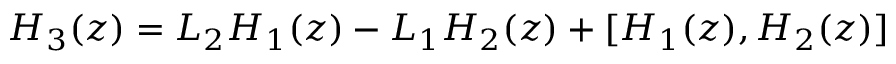
H _ { 3 } ( z ) = { \cal L } _ { 2 } H _ { 1 } ( z ) - { \cal L } _ { 1 } H _ { 2 } ( z ) + [ H _ { 1 } ( z ) , H _ { 2 } ( z ) ]